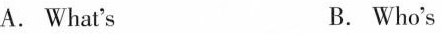
A. What's B. Who's